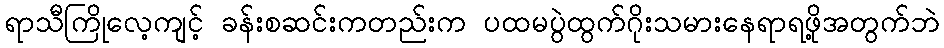
ရာသီကြိုလေ့ကျင့် ခန်းစဆင်းကတည်းက ပထမပွဲထွက်ဂိုးသမားနေရာရဖို့အတွက်ဘဲ